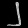
Digit: ၂